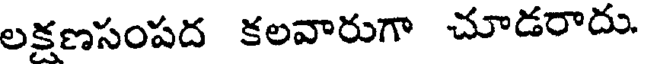
లక్షణసంపద కలవారుగా చూడరాదు.